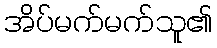
အိပ်မက်မက်သူ၏